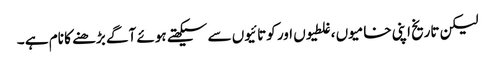
لیکن تاریخ اپنی خامیوں ،غلطیوں اور کوتائیوں سے سیکھتے ہوئے آگے بڑھنے کا نام ہے ۔